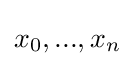
x_{0},...,x_{n}